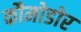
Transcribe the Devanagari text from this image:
कौमोडोर